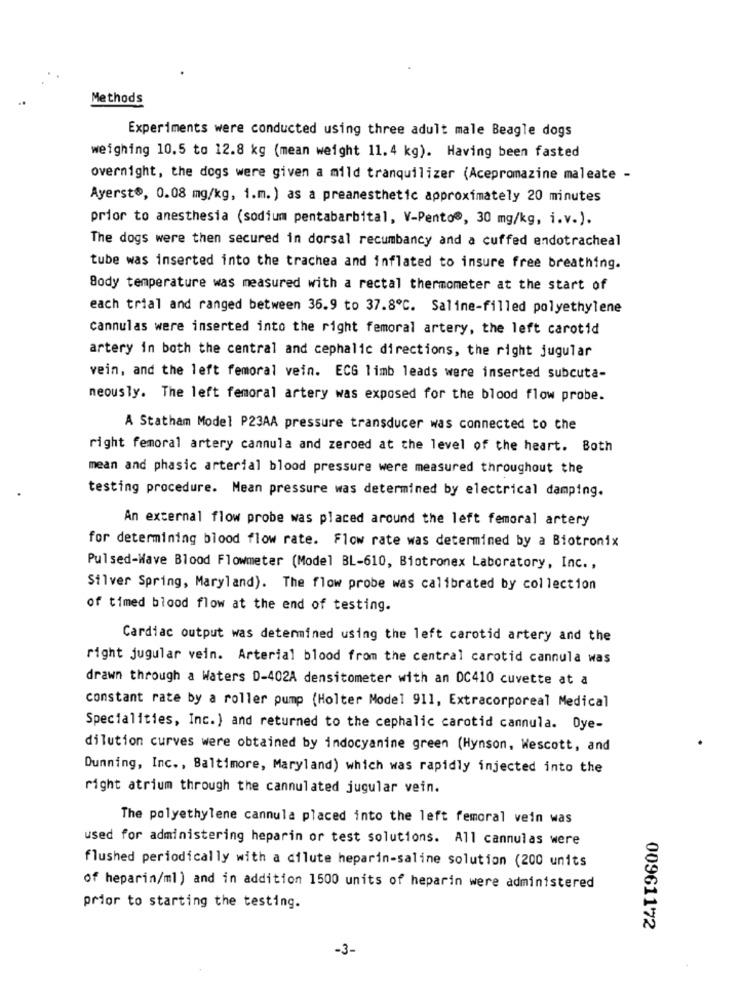
Methods
Experiments were conducted using three adult male Beagle dogs
weighing 10.5 to 12.8 kg (mean weight 11.4 kg). Having been fasted
overnight, the dogs were given a mild tranquilizer (Acepromazine maleate -
Ayerst®, 0.08 mg/kg, i.m.) as a preanesthetic approximately 20 minutes
prior to anesthesia (sodium pentabarbital, V-Pento®, 30 mg/kg, i.v.).
The dogs were then secured in dorsal recumbancy and a cuffed endotracheal
tube was inserted into the trachea and inflated to insure free breathing.
Body temperature was measured with a rectal thermometer at the start of
each trial and ranged between 36.9 to 37.8℃. Saline-filled polyethylene
cannulas were inserted into the right femoral artery, the left carotid
artery in both the central and cephalic directions, the right jugular
vein, and the left femoral vein. ECG limb leads were inserted subcuta-
neously. The left femoral artery was exposed for the blood flow probe.
A Statham Model P23AA pressure transducer was connected to the
right femoral artery cannula and zeroed at the level of the heart. Both
mean and phasic arterial blood pressure were measured throughout the
testing procedure. Mean pressure was determined by electrical damping.
An external flow probe was placed around the left femoral artery
for determining blood flow rate. Flow rate was determined by a Biotronix
Pulsed-Wave Blood Flowmeter (Model BL-610, Biotronex Laboratory, Inc .,
Silver Spring, Maryland). The flow probe was calibrated by collection
of timed blood flow at the end of testing.
Cardiac output was determined using the left carotid artery and the
right jugular vein. Arterial blood from the central carotid cannula was
drawn through a Waters D-402A densitometer with an DC410 cuvette at a
constant rate by a roller pump (Holter Model 911, Extracorporeal Medical
Specialities, Inc.) and returned to the cephalic carotid cannula. Dye-
dilution curves were obtained by indocyanine green (Hynson, Wescott, and
Dunning, Inc ., Baltimore, Maryland) which was rapidly injected into the
right atrium through the cannulated jugular vein.
The polyethylene cannula placed into the left femoral vein was
used for administering heparin or test solutions. All cannulas were
flushed periodically with a dilute heparin-saline solution (200 units
of heparin/ml) and in addition 1500 units of heparin were administered
prior to starting the testing.
00961172
-3-